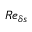
R e _ { \delta s }